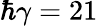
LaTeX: \hbar\gamma=21